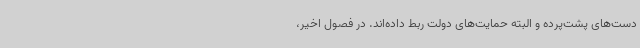
دست‌های پشت‌پرده و البته حمایت‌های دولت ربط داده‌اند. در فصول اخیر،